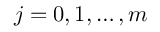
j = 0 , 1 , \dots , m